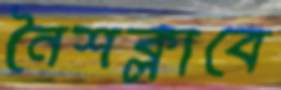
নৈশক্লাবে